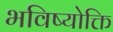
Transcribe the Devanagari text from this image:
भविष्योक्ति